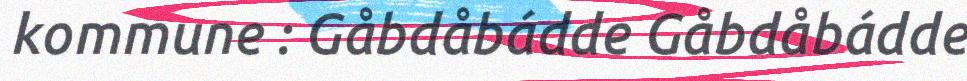
kommune : Gåbdåbádde Gåbdåbádde